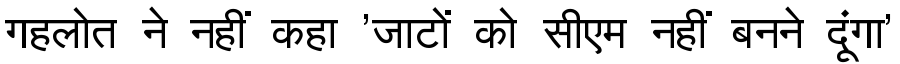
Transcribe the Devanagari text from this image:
गहलोत ने नहीं कहा 'जाटों को सीएम नहीं बनने दूंगा'